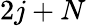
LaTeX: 2j+N